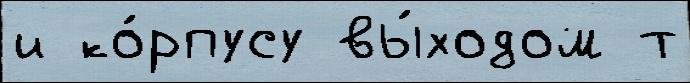
и ко́рпусу вы́ходом т